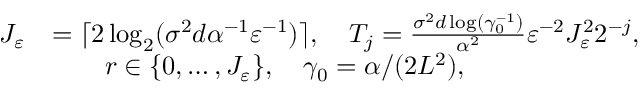
\begin{array} { r l } { J _ { \varepsilon } } & { = \lceil 2 \log _ { 2 } ( \sigma ^ { 2 } d \alpha ^ { - 1 } \varepsilon ^ { - 1 } ) \rceil , \quad T _ { j } = \frac { \sigma ^ { 2 } d \log ( \gamma _ { 0 } ^ { - 1 } ) } { \alpha ^ { 2 } } \varepsilon ^ { - 2 } J _ { \varepsilon } ^ { 2 } 2 ^ { - j } , } \\ & { \qquad r \in \{ 0 , \ldots , J _ { \varepsilon } \} , \quad \gamma _ { 0 } = \alpha / ( 2 L ^ { 2 } ) , } \end{array}